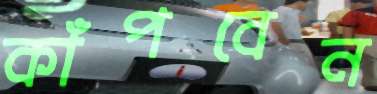
কাঁপবেন